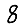
Digit: 8